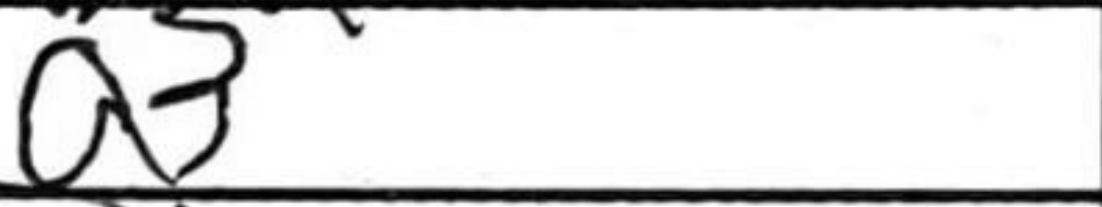
Transcription: a3